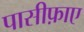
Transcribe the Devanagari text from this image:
पासीफ़ाए